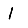
Digit: 1